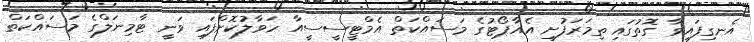
އެނގިފައިވާ ގޮތުގައި ތިމަރަފުށީ އެއާޕޯޓުގެ މަސައްކަތް އެމްޓީސީސީއާ ހަވާލުކޮށްފައި ވަނީ ޓާމިނަލްގެ މަސައްކަތް